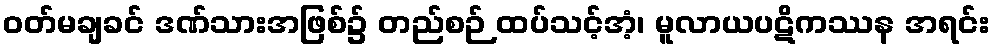
ဝတ်မချခင် ဒဏ်သားအဖြစ်၌ တည်စဉ် ထပ်သင့်အံ့၊ မူလာယပဋိကဿန အရင်း